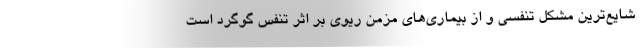
شایع‌ترین مشکل تنفسی و از بیماری‌های مزمن ریوی بر اثر تنفس گوگرد است